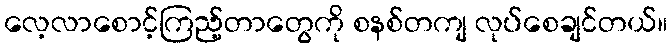
လေ့လာစောင့်ကြည့်တာတွေကို စနစ်တကျ လုပ်စေချင်တယ်။